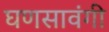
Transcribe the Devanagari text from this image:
घणसावंगी